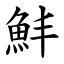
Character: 䰷